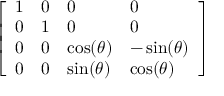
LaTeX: \left[ \begin{array} { l l l l } { 1 } & { 0 } & { 0 } & { 0 } \\ { 0 } & { 1 } & { 0 } & { 0 } \\ { 0 } & { 0 } & { \cos ( \theta ) } & { - \sin ( \theta ) } \\ { 0 } & { 0 } & { \sin ( \theta ) } & { \cos ( \theta ) } \end{array} \right]